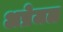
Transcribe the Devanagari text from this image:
अप्रेजल